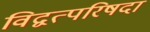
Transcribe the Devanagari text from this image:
विद्वत्परिषदा